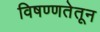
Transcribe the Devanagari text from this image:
विषण्णतेतून